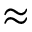
\approx